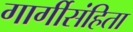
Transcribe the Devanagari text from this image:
गार्गीसंहिता